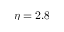
\eta = 2 . 8